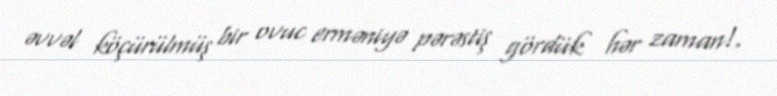
əvvəl köçürülmüş bir ovuc erməniyə pərəstiş gördük hər zaman!.